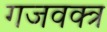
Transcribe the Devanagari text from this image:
गजवक्त्र